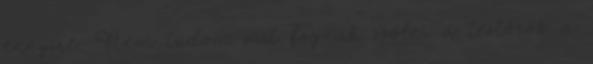
ennyire. Nem tudom mit fognak szólni a testőrök a